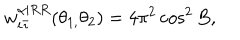
w _ { i \bar { \imath } } ^ { \alpha | R R } ( \theta _ { 1 , } \theta _ { 2 } ) = 4 \pi ^ { 2 } \cos ^ { 2 } B ,